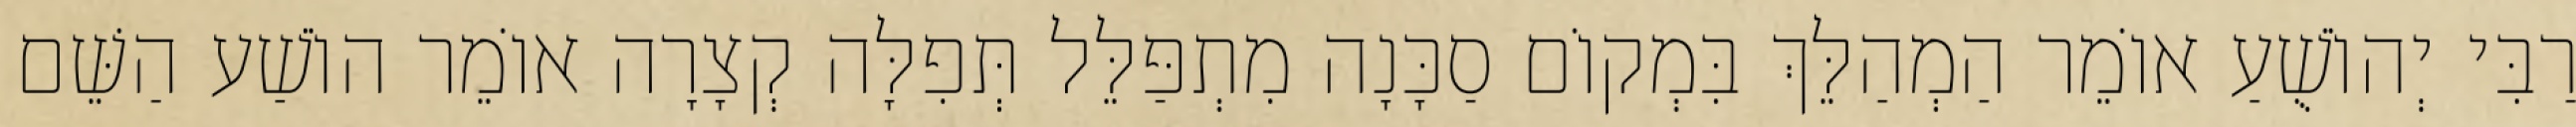
רַבִּי יְהוֹשֻׁעַ אוֹמֵר הַמְהַלֵּךְ בִּמְקוֹם סַכָּנָה מִתְפַּלֵּל תְּפִלָּה קְצָרָה אוֹמֵר הוֹשַׁע הַשֵּׁם